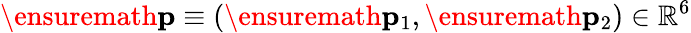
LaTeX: \ensuremath{\mathbf{p}}\equiv(\ensuremath{\mathbf{p}}_{1},\ensuremath{\mathbf{p}}_{2})\in\mathbb{R}^{6}